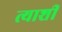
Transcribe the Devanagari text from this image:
त्याशीं